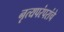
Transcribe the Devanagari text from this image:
नृत्यपरंपरांचे